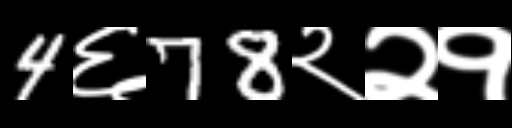
Text: 4६78२२१